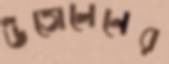
উত্তোলেনের